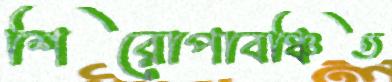
শিরোপাবঞ্চিত